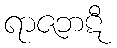
ရာဇဘဋီ